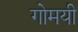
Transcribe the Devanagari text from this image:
गोमयी